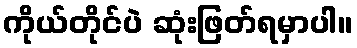
ကိုယ်တိုင်ပဲ ဆုံးဖြတ်ရမှာပါ။